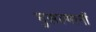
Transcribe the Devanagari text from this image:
मुसल्मानौं